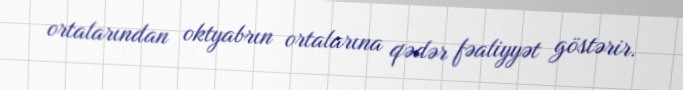
ortalarından oktyabrın ortalarına qədər fəaliyyət göstərir.